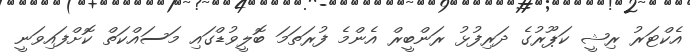
އެކްޓަރު ރިޝީ ކަޕޫރުގެ ދަރިފުޅު ރަންބީރް އެންމެ ފުރަތަމަ ބޮލީވުޑްގައި މަސައްކަތް ކޮށްފައިވަނީ